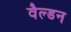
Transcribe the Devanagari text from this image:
वैल्डन